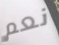
نعم